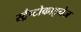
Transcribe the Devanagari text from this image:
स्ट्रैप्टोकाइनेज